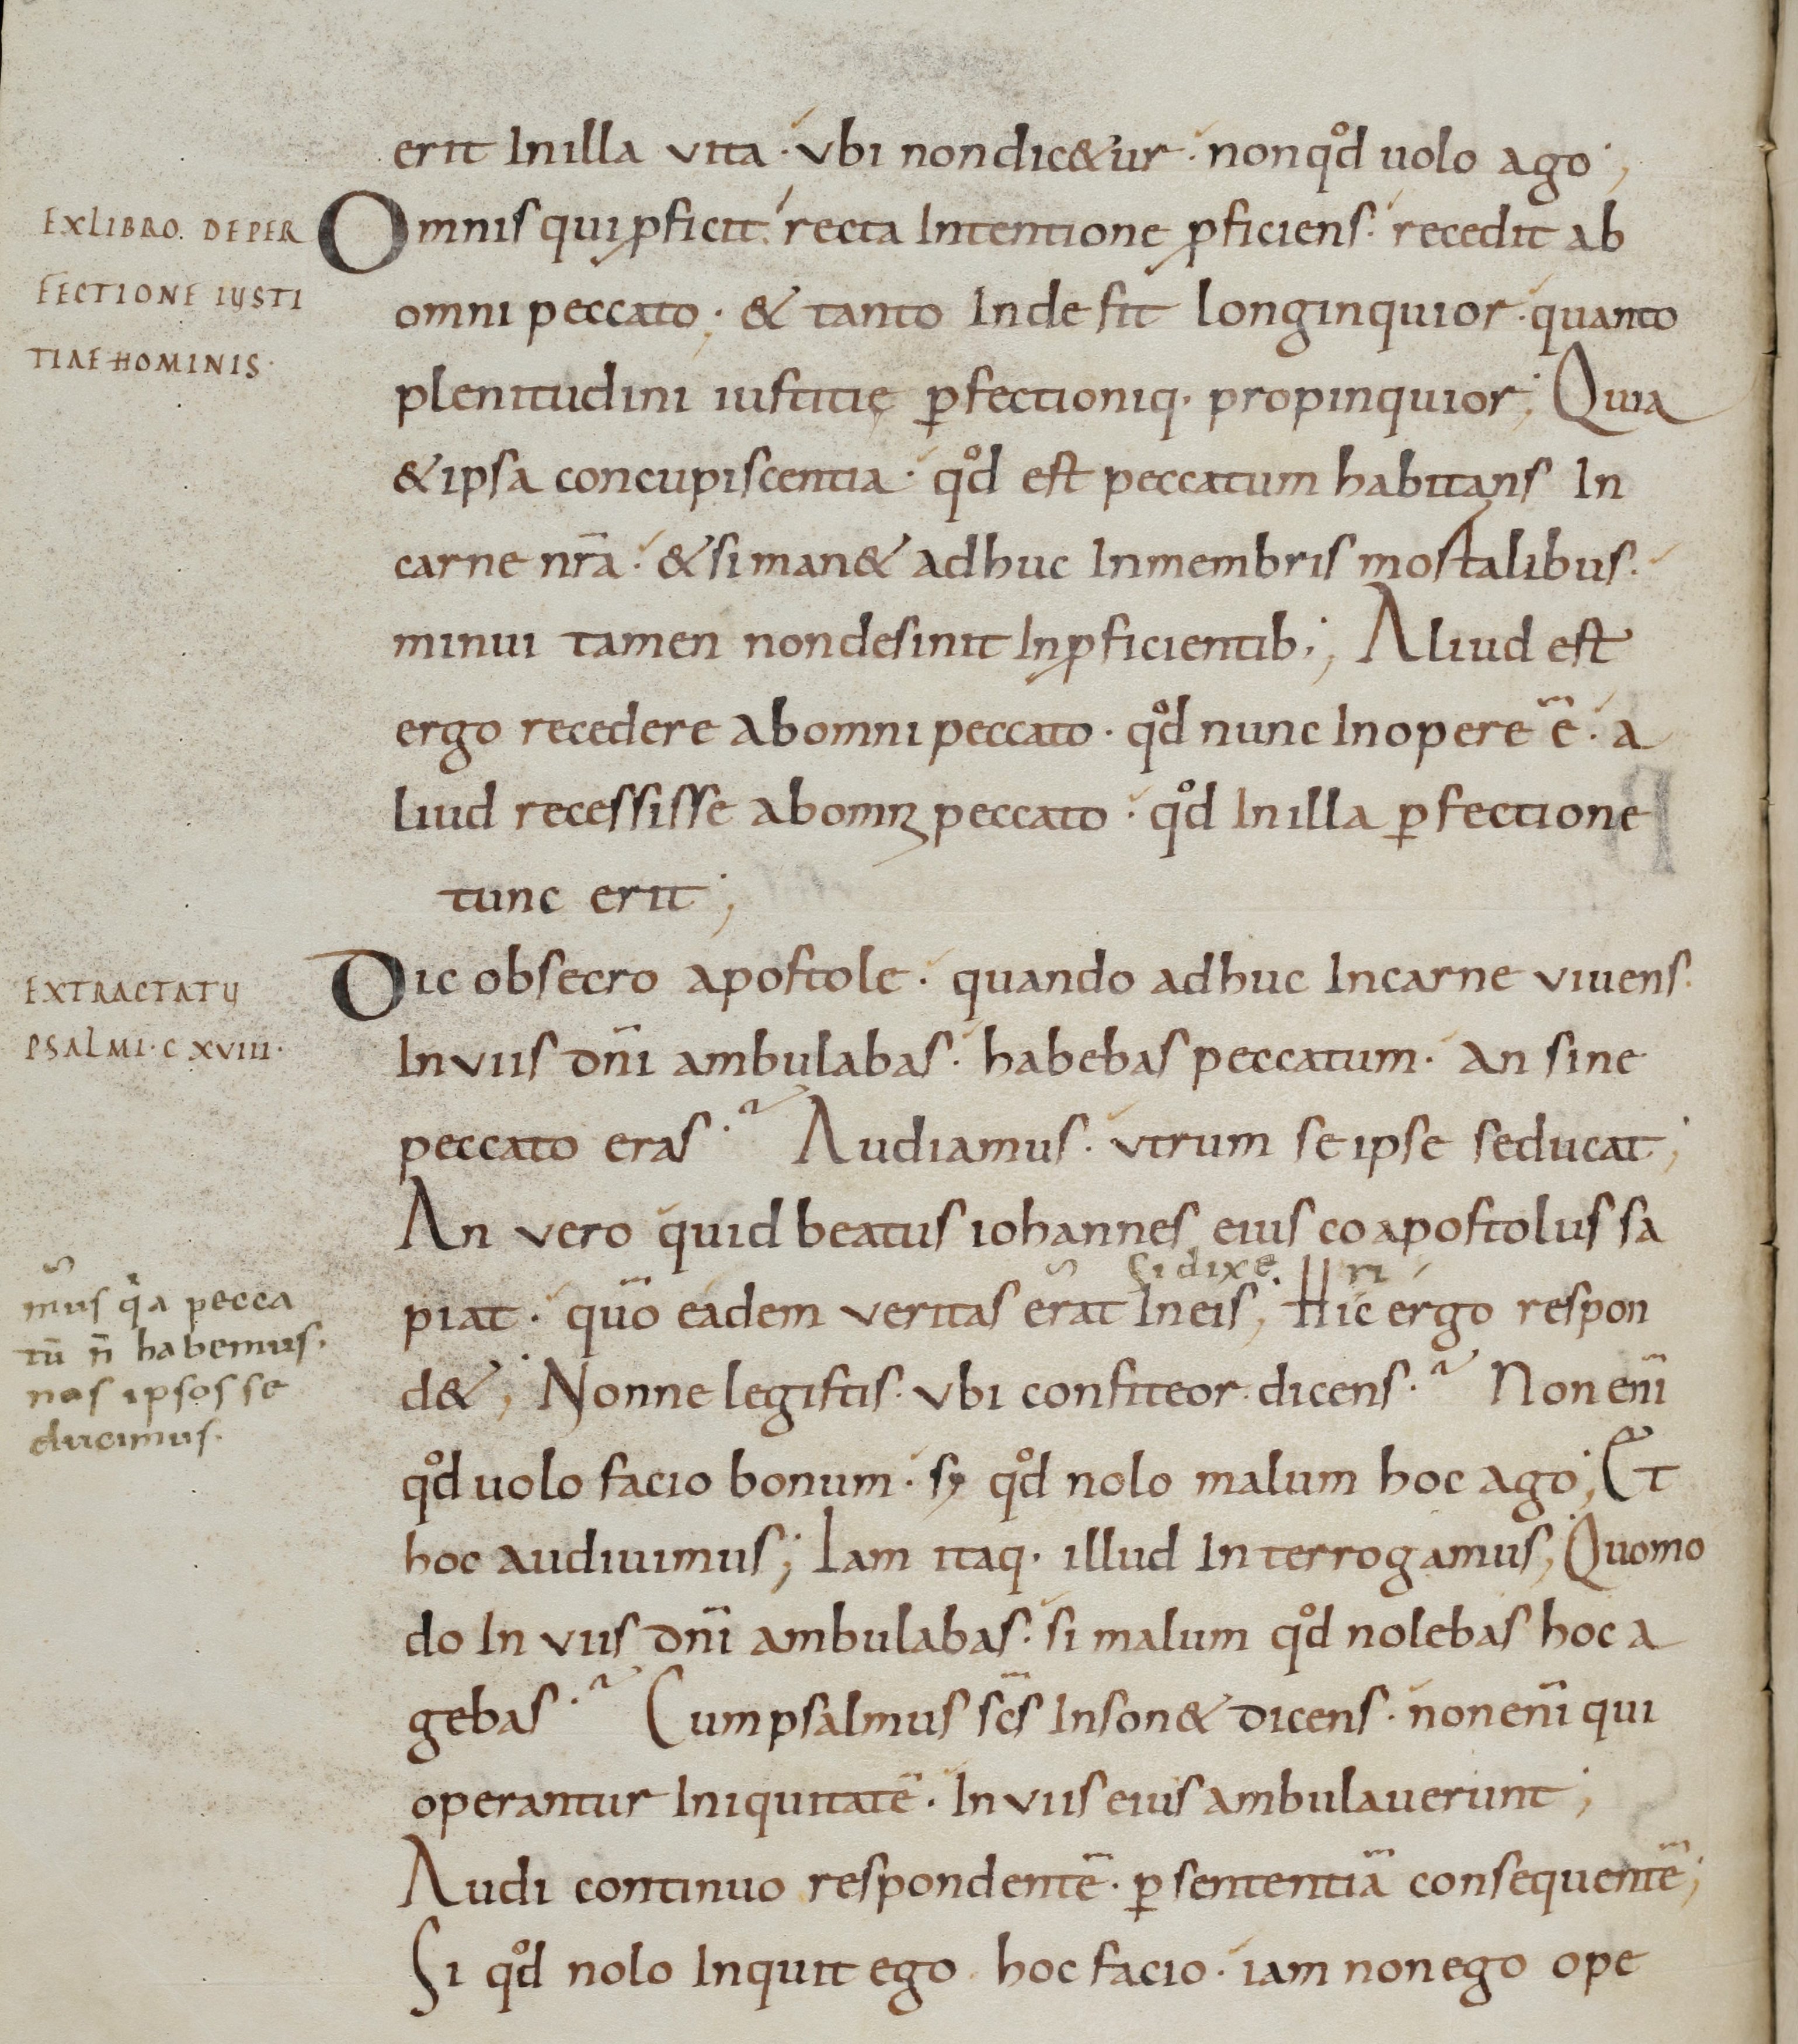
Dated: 800–899